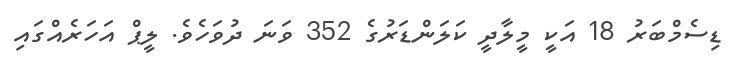
ޑިސެމްބަރު 18 އަކީ މީލާދީ ކަލަންޑަރުގެ 352 ވަނަ ދުވަހެވެ. ލީޕް އަހަރެއްގައި